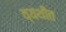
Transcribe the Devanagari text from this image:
व्यथीत